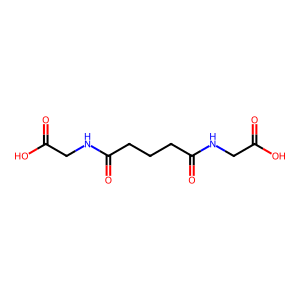
SMILES: O=C(O)CNC(=O)CCCC(=O)NCC(=O)O
Inhibits HIV replication: No